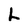
Character: L